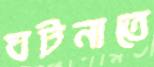
ঘটনাতে